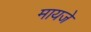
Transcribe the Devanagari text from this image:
मायजे